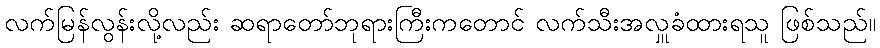
လက်မြန်လွန်းလို့လည်း ဆရာတော်ဘုရားကြီးကတောင် လက်သီးအလှူခံထားရသူ ဖြစ်သည်။